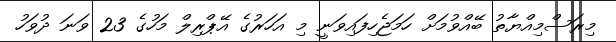
މިރަސްމިއްޔާތު ބޭއްވުމަށް ހަމަޖެހިފައިވަނީ މި އަހަރުގެ އޭޕްރިލް މަހުގެ 23 ވަނަ ދުވަހު